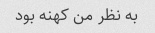
به نظر من کهنه بود